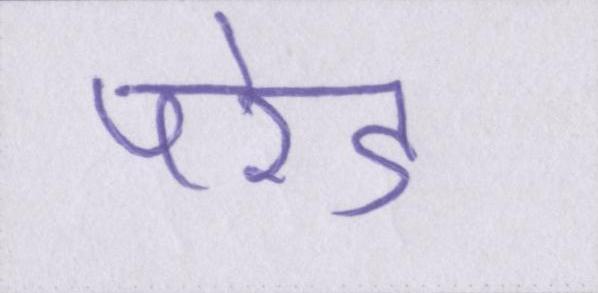
परेड